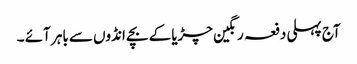
آج پہلی دفعہ رنگین چڑیا کے بچے انڈوں سے باہر آئے ۔